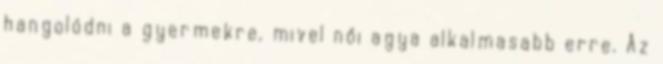
hangolódni a gyermekre, mivel női agya alkalmasabb erre. Az